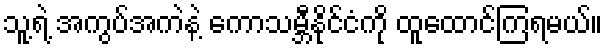
သူ့ရဲ့ အကွပ်အကဲနဲ့ ကောသမ္ဘီနိုင်ငံကို ထူထောင်ကြရမယ်။